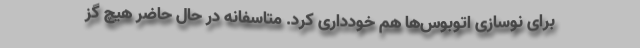
برای نوسازی اتوبوس‌ها هم خودداری کرد. متاسفانه در حال حاضر هیچ گز